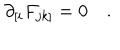
\partial _ { [ i } F _ { j k ] } = 0 \quad .